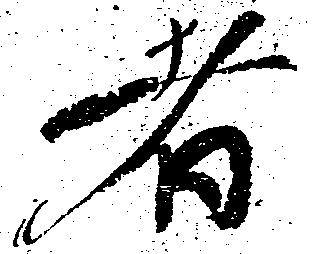
者